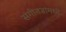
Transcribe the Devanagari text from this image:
संगीतज्ञांमध्ये